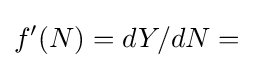
f^{\prime }(N)=dY/dN=